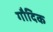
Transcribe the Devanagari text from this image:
गौदिक